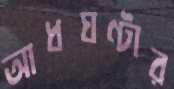
আধঘণ্টার